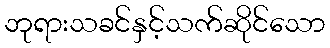
ဘုရားသခင်နှင့်သက်ဆိုင်သော